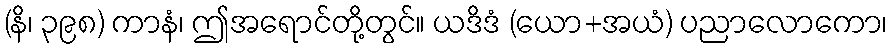
(နိ၊ ၃၉၈) ကာနံ၊ ဤအရောင်တို့တွင်။ ယဒိဒံ (ယော+အယံ) ပညာလောကော၊